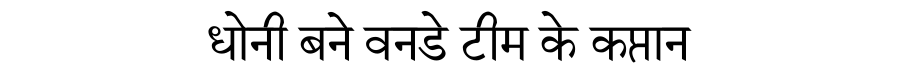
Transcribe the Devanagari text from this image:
धोनी बने वनडे टीम के कप्तान